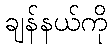
ချန်နယ်ကို